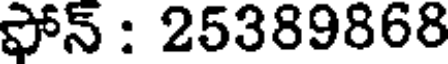
ఫోన్ : 25389868